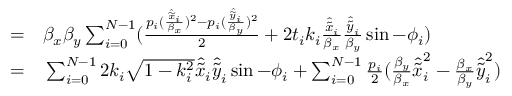
\begin{array} { r l } { = } & { { } \beta _ { x } \beta _ { y } \sum _ { i = 0 } ^ { N - 1 } ( \frac { p _ { i } ( \frac { \hat { \widetilde { x } } _ { i } } { \beta _ { x } } ) ^ { 2 } - p _ { i } ( \frac { \hat { \widetilde { y } } _ { i } } { \beta _ { y } } ) ^ { 2 } } { 2 } + 2 t _ { i } k _ { i } \frac { \hat { \widetilde { x } } _ { i } } { \beta _ { x } } \frac { \hat { \widetilde { y } } _ { i } } { \beta _ { y } } \sin - \phi _ { i } ) } \\ { = } & { { } \sum _ { i = 0 } ^ { N - 1 } 2 k _ { i } \sqrt { 1 - k _ { i } ^ { 2 } } \hat { \widetilde { x } } _ { i } \hat { \widetilde { y } } _ { i } \sin - \phi _ { i } + \sum _ { i = 0 } ^ { N - 1 } \frac { p _ { i } } { 2 } ( \frac { \beta _ { y } } { \beta _ { x } } \hat { \widetilde { x } } _ { i } ^ { 2 } - \frac { \beta _ { x } } { \beta _ { y } } \hat { \widetilde { y } } _ { i } ^ { 2 } ) } \end{array}